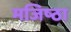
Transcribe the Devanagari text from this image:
मजिष्‍ठा